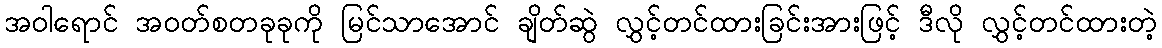
အဝါရောင် အဝတ်စတခုခုကို မြင်သာအောင် ချိတ်ဆွဲ လွှင့်တင်ထားခြင်းအားဖြင့် ဒီလို လွှင့်တင်ထားတဲ့